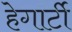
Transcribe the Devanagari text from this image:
हेगार्टी